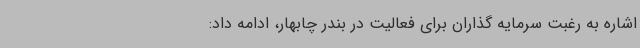
اشاره به رغبت سرمایه گذاران برای فعالیت در بندر چابهار، ادامه داد: